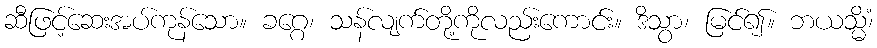
ဆီဖြင့်ဆေးအပ်ကုန်သော။ ခဂ္ဂေ၊ သန်လျက်တို့ကိုလည်းကောင်း။ ဒိသွာ၊ မြင်၍။ ဘယသ္မိံ၊